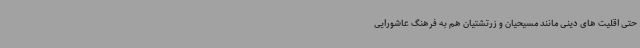
حتی اقلیت های دینی مانند مسیحیان و زرتشتیان هم به فرهنگ عاشورایی